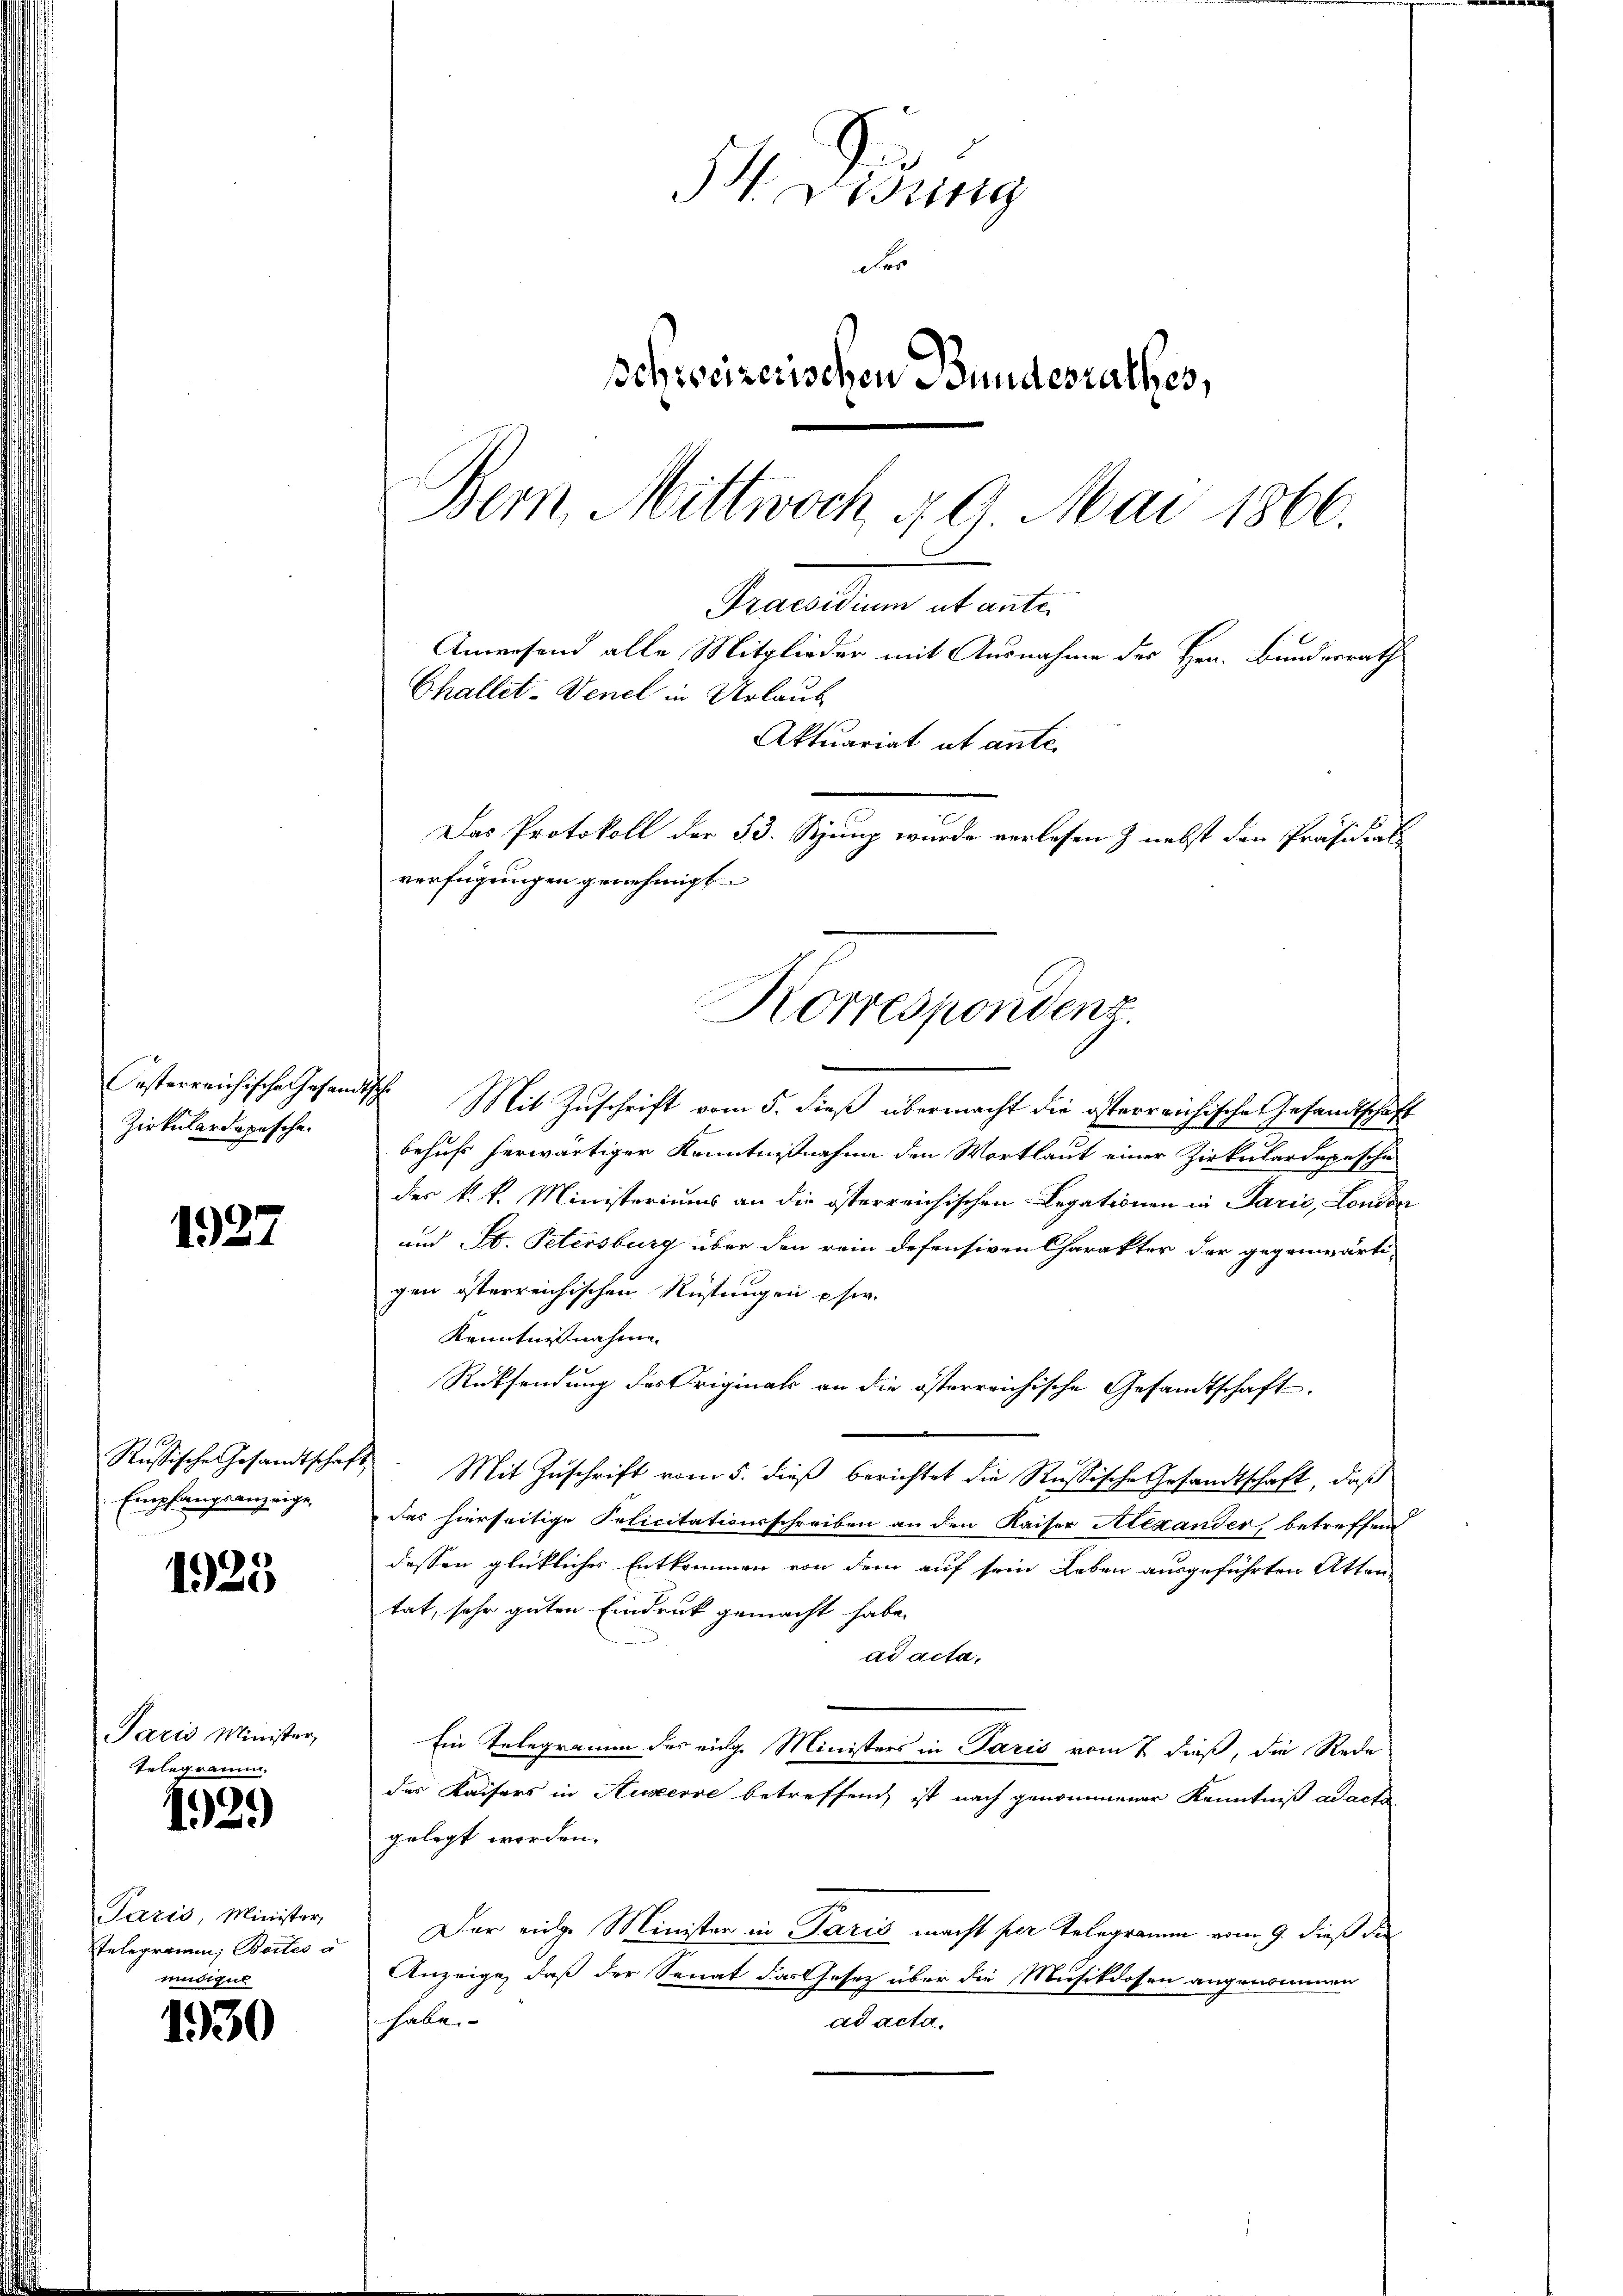
Zirkulardepeschen

1927

Empfangsanzeige

1925

Paris Minister,
Telegramm.

12.)

Paris, Minister
Telegramm, Baites a
müdigul

1930

54. Diedung
r
schweizerischen Bundesrathes,
Bern, Mittwoch 40 Mai 1866.
Praesidium ut ante.
Anwesend alle Mitglieder mit Ausnahme des Hrn. Bundesrath
Challet-Venel in Urlaub
Aktuariat ut ante.
Das Protokoll der 53. Spung wurde verlesen & nebst den Präsidial

verfügungen genehmigt
Korrespondenz.

Oesterreichische Gesandtsche Mit Zuschrift vom 5. dieß übermacht die österreichische Gesandtschaft
behufs herwärtiger Kenntnißnahme den Wortlaut einer Zirkulardepesche
des k.k. Ministeriums an die österreichischen Legationen in Parić, London
und St. Petersburg über den rein defensiven Charakter der gegenwärti-
gen österreichischen Rüstungen psw.
Kenntnisnahme
Rücksendung des Original an die österreichische Gesandtschaft.
Russische Gesandtschaft. Mit Zŭschrift vom 5. dieβ berichtet die Russische Gesandtschaft, daß
das hierseitige Policitationsschreiben an den Kaiser Alexander, betreffend
dessen glückliches Entkommen von dem auf sein Leben ausgeführten Atten,
tat, sehr guten Eindruck gemacht habe.
ad acta.
Ein Telegramm des einge Ministers in Paris vom 7 dieß, die Rede
des Kaisers in Auxerre betreffend ist nach genommener Kenntniß ad acta
gelegt worden.
Der einge Minister in Paris macht per Telegramm vom 9. dieß die
Anzeige, daß der Senat das Gesetz über die Musikdosen angenommen
haben
ad acta.